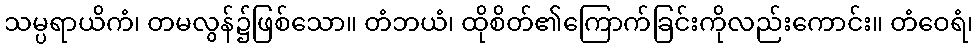
သမ္ပရာယိကံ၊ တမလွန်၌ဖြစ်သော။ တံဘယံ၊ ထိုစိတ်၏ကြောက်ခြင်းကိုလည်းကောင်း။ တံဝေရံ၊